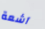
آشعة